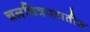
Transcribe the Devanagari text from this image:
चलचित्रपटातील